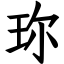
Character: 珎